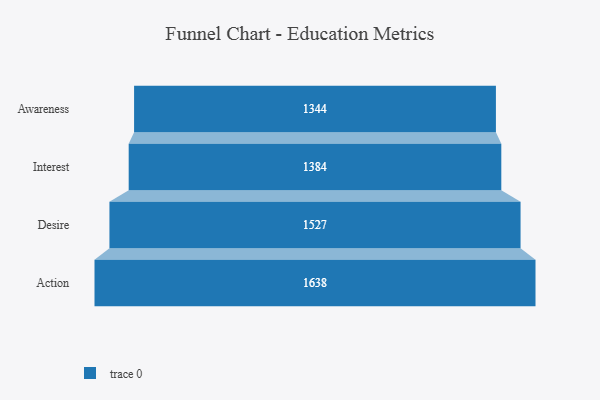
{"axis": {"x": "Stage", "y": "Value"}, "legend": [""], "data": [{"x": "Awareness", "y": 1344.0, "type": ""}, {"x": "Interest", "y": 1384.0, "type": ""}, {"x": "Desire", "y": 1527.0, "type": ""}, {"x": "Action", "y": 1638.0, "type": ""}]}